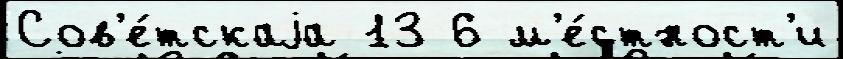
Сов'е́тскаjа 13 6 м'е́стност'и